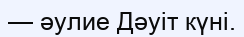
— әулие Дәуіт күні.